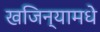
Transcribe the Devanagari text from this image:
खजिन्यामधे